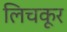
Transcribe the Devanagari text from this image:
लिचकूर